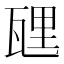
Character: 瓼